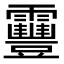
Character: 靊